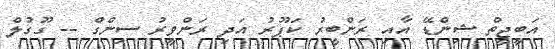
އަބީޖީތް ޝިންޑޭ އާއި ރަންބީރު ކަޕޫރު އަދި ރަންވީރު ސިންގް -- ގޫގުލް